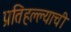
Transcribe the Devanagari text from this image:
प्रतिहल्ल्याची